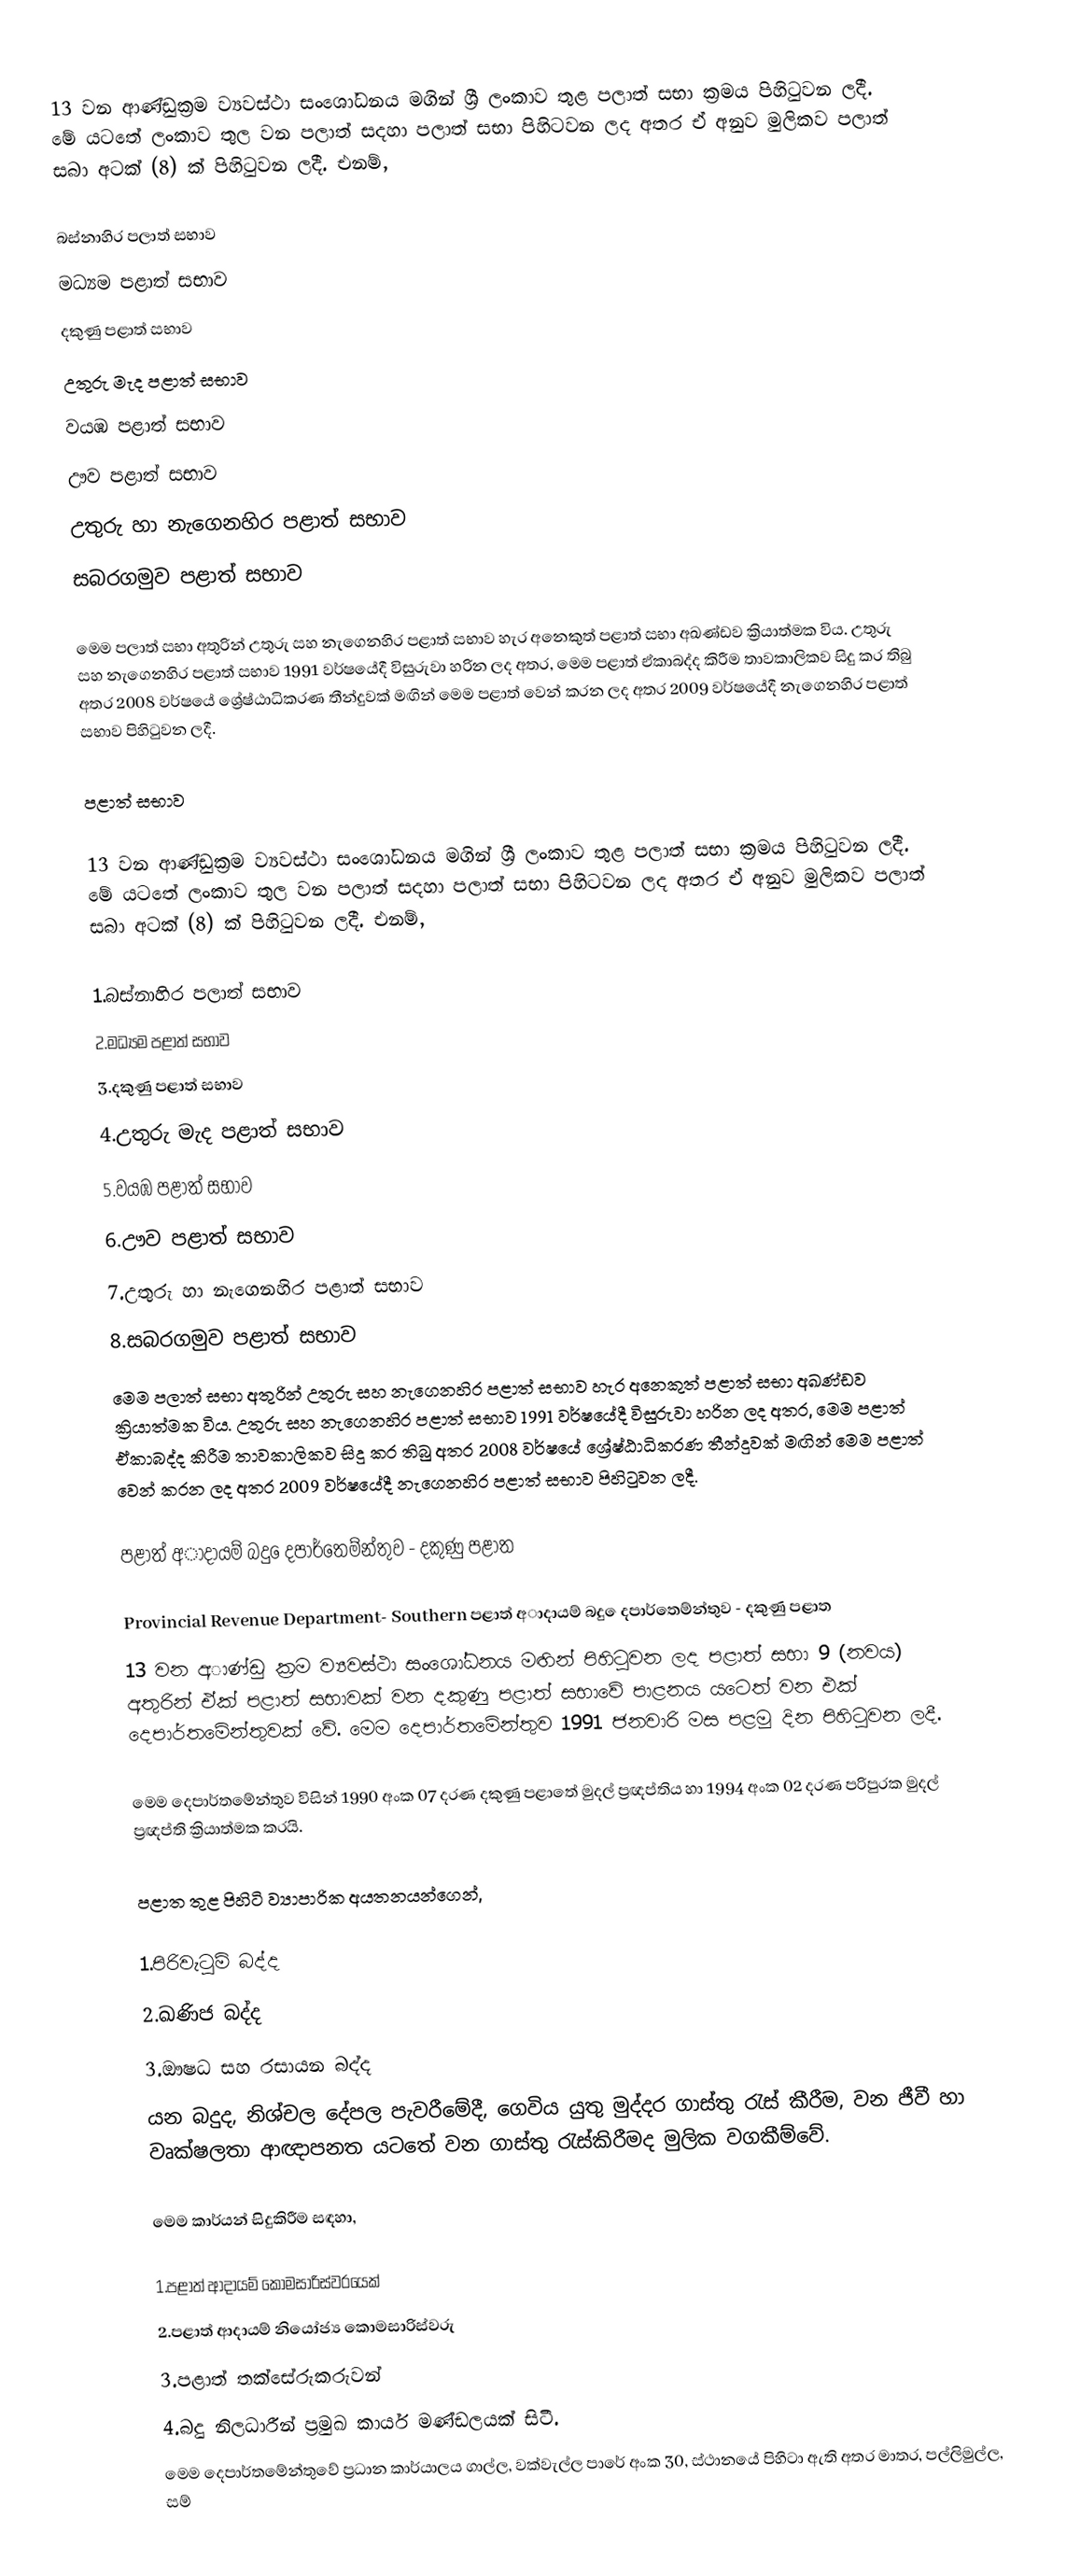
13 වන ආණ්ඩුක්‍රම ව්‍යවස්ථා සංශෝධනය මගින් ශ්‍රී ලංකාව තුළ පලාත් සභා ක්‍රමය පිහිටුවන ලදී. මේ යටතේ ලංකාව තුල වන පලාත් සදහා පලාත් සභා පිහිටවන ලද අතර ඒ අනුව මුලිකව පලාත් සබා අටක් (8) ක් පිහිටුවන ලදී. එනම්,

 බස්නාහිර පලාත් සභාව
 මධ්‍යම පළාත් සභාව
 දකුණු පළාත් සභාව
 උතුරු මැද පළාත් සභාව
 වයඹ පළාත් සභාව
 ඌව පළාත් සභාව
 උතුරු හා නැගෙනහිර පළාත් සභාව
 සබරගමුව පළාත් සභාව

මෙම පලාත් සභා අතුරින් උතුරු සහ නැගෙනහිර පළාත් සභාව හැර අනෙකුත් පළාත් සභා අඛණ්ඩව ක්‍රියාත්මක විය. උතුරු සහ නැගෙනහිර පළාත් සභාව 1991 වර්ෂයේදී විසුරුවා හරින ලද අතර, මෙම පළාත් ඒකාබද්ද කිරීම තාවකාලිකව සිදු කර තිබු අතර 2008 වර්ෂයේ ශ්‍රේෂ්ඨාධිකරණ තීන්දුවක් මඟින් මෙම පළාත් වෙන් කරන ලද අතර 2009 වර්ෂයේදී නැගෙනහිර පළාත් සභාව පිහිටුවන ලදී.

පළාත් සභාව

13 වන ආණ්ඩුක්‍රම ව්‍යවස්ථා සංශෝධනය මගින් ශ්‍රී ලංකාව තුළ පලාත් සභා ක්‍රමය පිහිටුවන ලදී. මේ යටතේ ලංකාව තුල වන පලාත් සදහා පලාත් සභා පිහිටවන ලද අතර ඒ අනුව මුලිකව පලාත් සබා අටක් (8) ක් පිහිටුවන ලදී. එනම්,

1.බස්නාහිර පලාත් සභාව
2.මධ්‍යම පළාත් සභාව
3.දකුණු පළාත් සභාව
4.උතුරු මැද පළාත් සභාව
5.වයඹ පළාත් සභාව
6.ඌව පළාත් සභාව
7.උතුරු හා නැගෙනහිර පළාත් සභාව
8.සබරගමුව පළාත් සභාව
මෙම පලාත් සභා අතුරින් උතුරු සහ නැගෙනහිර පළාත් සභාව හැර අනෙකුත් පළාත් සභා අඛණ්ඩව ක්‍රියාත්මක විය. උතුරු සහ නැගෙනහිර පළාත් සභාව 1991 වර්ෂයේදී විසුරුවා හරින ලද අතර, මෙම පළාත් ඒකාබද්ද කිරීම තාවකාලිකව සිදු කර තිබු අතර 2008 වර්ෂයේ ශ්‍රේෂ්ඨාධිකරණ තීන්දුවක් මඟින් මෙම පළාත් වෙන් කරන ලද අතර 2009 වර්ෂයේදී නැගෙනහිර පළාත් සභාව පිහිටුවන ලදී.

පළාත් අාදායම් බදු ෙදපාර්තෙම්න්තුව - දකුණු පළාත

Provincial Revenue Department- Southern පළාත් අාදායම් බදු ෙදපාර්තෙම්න්තුව - දකුණු පළාත
13 වන අාණ්ඩු ක්‍රම ව්‍යවස්ථා සංශෝධනය මඟින් පිහිටුවන ලද පළාත් සභා 9 (නවය) අතුරින් ඒක් පළාත් සභාවක් වන දකුණු පළාත් සභාවේ පාළනය යටෙත් වන එක් දෙපාර්තමේන්තුවක් වේ. මෙම දෙපාර්තමේන්තුව 1991 ජනවාරි මස පළමු දින පිහිටුවන ලදී.

මෙම දෙපාර්තමේන්තුව විසින් 1990 අංක 07 දරණ දකුණු පළාතේ මුදල් ප්‍රඥප්තිය හා 1994 අංක 02 දරණ පරිපුරක මුදල් ප්‍රඥප්ති ක්‍රියාත්මක කරයි.

පළාත තුළ පිහිටි ව්‍යාපාරික අයතනයන්ගෙන්,

1.පිරිවැටුම් බද්ද
2.ඛණිජ බද්ද
3.ඖෂධ සහ රසායන බද්ද
යන බදුද, නිශ්චල දේපල පැවරීමේදී, ගෙවිය යුතු මුද්දර ගාස්තු රැස් කීරීම, වන ජීවී හා වෘක්ෂලතා ආඥාපනත යටතේ වන ගාස්තු රැස්කිරීමද මුලික වගකීම්වේ.

මෙම කාර්යන් සිදුකිරීම සඳහා,

1.පළාත් ආදායම් කොමසාරිස්වරයෙක්
2.පළාත් ආදායම් නියෝජ්‍ය කොමසාරිස්වරු
3.පළාත් තක්සේරුකරුවන්
4.බදු නිලධාරීන් ප්‍රමුඛ කාර්ය මණ්ඩලයක් සිටී.
මෙම දෙපාර්තමේන්තුවේ ප්‍රධාන කාර්යාලය ගාල්ල, වක්වැල්ල පාරේ අංක 30, ස්ථානයේ පිහිටා ඇති අතර මාතර, පල්ලිමුල්ල, සම්